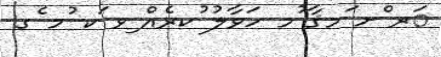
ަރ ްށ ަމޤާ ުމ ހަވާލު ުކރެއް ިވ ަކ ުމ ެގ